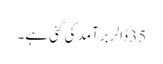
35 ڈالر برآمد کی گئی ہے۔